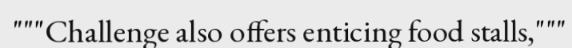
"""Challenge also offers enticing food stalls,"""